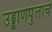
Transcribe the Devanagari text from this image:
उड्डाणपुलांचे